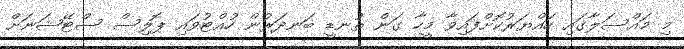
މި މައްސަލާގައި ހައްޔަރުކޮށްފައިވާ މީހާ ގަން ތުނޑީ ބަނދަރުން ހުއްޓުވައި ޕޮލިސް ސްޓޭޝަނަށް